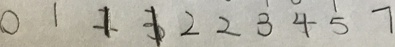
0 1 1 1 2 2 3 4 5 7